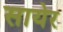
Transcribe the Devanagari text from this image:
सायेर